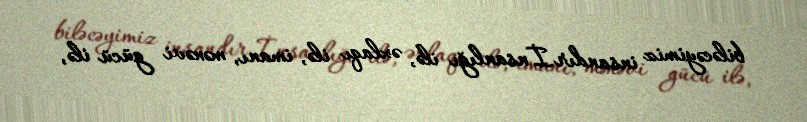
biləcəyimiz insandır.İnsanlığı ilə, əxlaqı ilə, imanı, mənəvi gücü ilə,